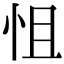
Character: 怚